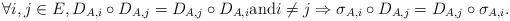
LaTeX: \begin{align*} \forall i, j \in E, D_{A,i} \circ D_{A,j} = D_{A,j} \circ D_{A,i} \mathrm{and} i \neq j \Rightarrow \sigma_{A,i} \circ D_{A,j} = D_{A,j} \circ \sigma_{A,i}.\end{align*}